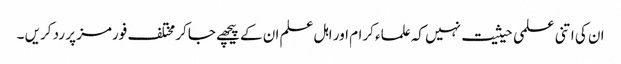
ان کی اتنی علمی حیثیت نہیں کہ علماء کرام اور اہل علم ان کے پیچھے جاکر مختلف فورمز پر رد کریں ۔